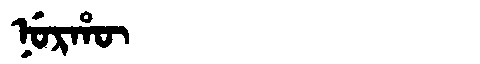
Manchu: ᠨᡠᡵᡥᡡ
Romanization: NURHŪ